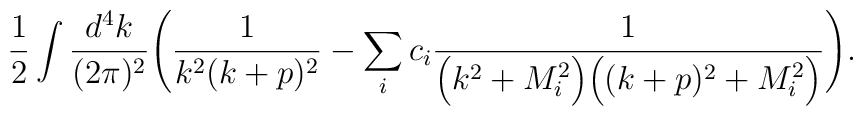
\frac{1}{2}\int \frac{d^4k}{(2\pi)^2}\Bigg(\frac{1}{k^2 (k+p)^2}-\sum\limits_i c_i\frac{1}{\Big(k^2+M_i^2\Big)\Big((k+p)^2+M_i^2\Big)}\Bigg).